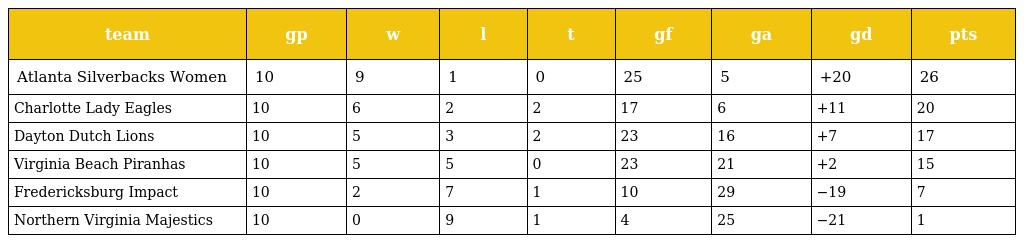
| team | gp | w | l | t | gf | ga | gd | pts |
 | --- | --- | --- | --- | --- | --- | --- | --- | --- |
 | Atlanta Silverbacks Women | 10 | 9 | 1 | 0 | 25 | 5 | +20 | 26 |
 | Charlotte Lady Eagles | 10 | 6 | 2 | 2 | 17 | 6 | +11 | 20 |
 | Dayton Dutch Lions | 10 | 5 | 3 | 2 | 23 | 16 | +7 | 17 |
 | Virginia Beach Piranhas | 10 | 5 | 5 | 0 | 23 | 21 | +2 | 15 |
 | Fredericksburg Impact | 10 | 2 | 7 | 1 | 10 | 29 | −19 | 7 |
 | Northern Virginia Majestics | 10 | 0 | 9 | 1 | 4 | 25 | −21 | 1 |